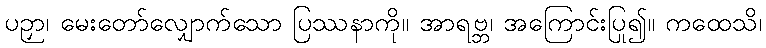
ပဉှာ၊ မေးတော်လျှောက်သော ပြဿနာကို။ အာရဗ္ဘ၊ အကြောင်းပြု၍။ ကထေသိ၊